Indian Medical Review
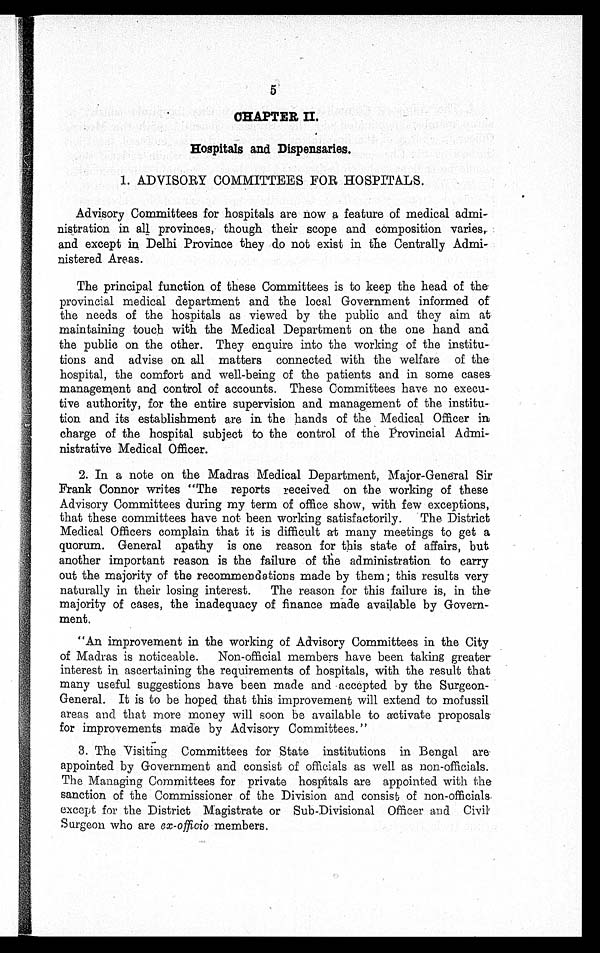
5
CHAPTER II.
Hospitals and Dispensaries.
1. ADVISORY COMMITTEES FOR HOSPITALS.
Advisory Committees for hospitals are now a feature of medical admi
-
nistration in all provinces, though their scope and composition varies,
and except in Delhi Province they do not exist in the Centrally Admi
-
nistered Areas.
The principal function of these Committees is to keep the head of the
provincial medical department and the local Government informed of
the needs of the hospitals as viewed by the public and they aim at
maintaining touch with the Medical Department on the one hand and
the public on the other. They enquire into the working of the instit
u -
tions and advise on all matters connected with the welfare of the
hospital, the comfort and well-being of the patients and in some cases
management and control of accounts. These Committees have no execu-
tive authority, for the entire supervision and management of the institu-
tion and its establishment are in the hands of the Medical Officer in
charge of the hospital subject to the control of the Provincial Admi-
nistrative Medical Officer.
2. In a note on the Madras Medical Department, Major-General Sir
Frank Connor writes "The reports received on the working of these
Advisory Committees during my term of office show, with few exceptions,
that these committees have not been working satisfactorily. The District
Medical Officers complain that it is difficult at many meetings to get a
quorum. General apathy is one reason for this state of affairs, but
another important reason is the failure of the administration to carry
out the majority of the recommendations made by them; this results very
naturally in their losing interest. The reason for this failure is, in the
majority of cases, the inadequacy of finance made available by Govern-
ment.
"An improvement in the working of Advisory Committees in the City
of Madras is noticeable. Non -official members have been taking greater.
interest in ascertaining the requirements of hospitals, with the result that
many useful suggestions have been made and accepted by the Surgeon-
General. It is to be hoped that this improvement will extend to mofussil
areas and that more money will soon be available to activate proposals
for improvements made by Advisory Committees."
3. The Visiting Committees for State institutions in Bengal are
appointed by Government and consist of officials as well as non-officials.
The Managing Committees for private hospitals are appointed with the
sanction of the Commissioner of the Division and consist of non-officials
except for the District Magistrate or Sub-Divisional Officer and Civil
Surgeon who are ex-officio members.